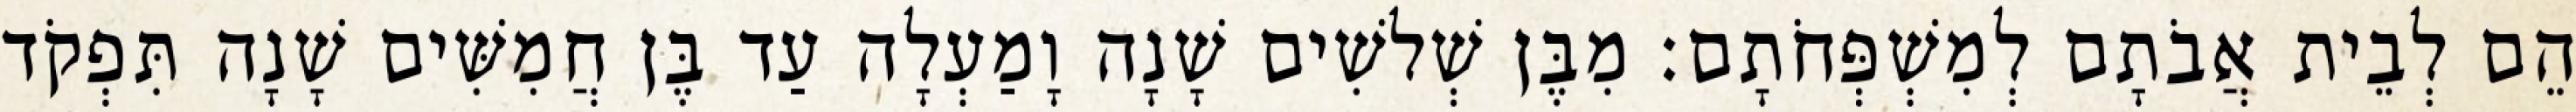
הֵם לְבֵית אֲבֹתָם לְמִשְׁפְּחֹתָם׃ מִבֶּן שְׁלשִׁים שָׁנָה וָמַעְלָה עַד בֶּן חֲמִשִּׁים שָׁנָה תִּפְקֹד